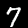
Label: 7